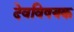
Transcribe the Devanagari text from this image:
देवविषयक